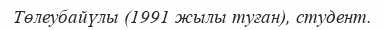
Төлеубайүлы (1991 жылы туған), студент.